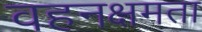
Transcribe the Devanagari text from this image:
वहनक्षमता